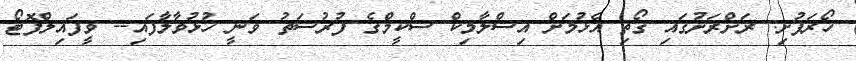
ހޯރަފުށި: ރަށްރަށުގައި ގޯތި އެޅުމަށް އިސްލާމިކް ސްކީމްގެ ފުރުސަތު ވަނީ ހުޅުވާލާފައި-- ވީފައިލްފޮޓޯ